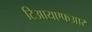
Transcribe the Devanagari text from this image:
टिआयएफआर